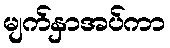
မျက်နှာအပ်ကာ